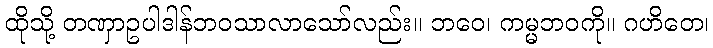
ထိုသို့ တဏှာဥပါဒါန်ဘဝသာလာသော်လည်း။ ဘဝေ၊ ကမ္မဘဝကို။ ဂဟိတေ၊